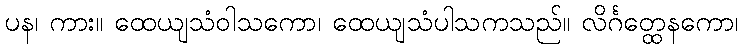
ပန၊ ကား။ ထေယျသံဝါသကော၊ ထေယျသံပါသကသည်။ လိင်္ဂတ္ထေနကော၊